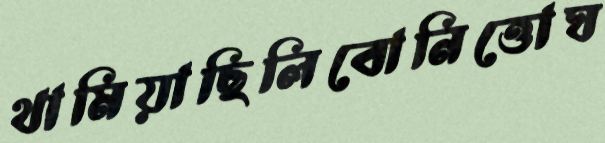
থামিয়াছিলিবোনিত্তোঘ